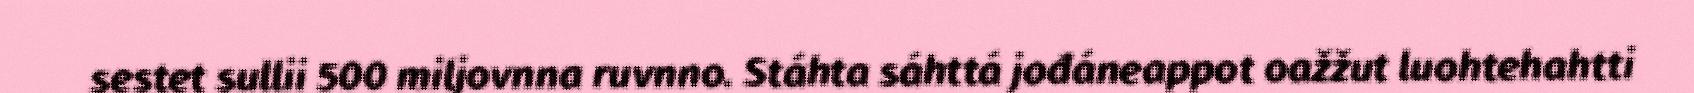
sestet sullii 500 miljovnna ruvnno. Stáhta sáhttá jođáneappot oažžut luohtehahtti